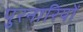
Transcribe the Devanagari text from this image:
पुरनारियों